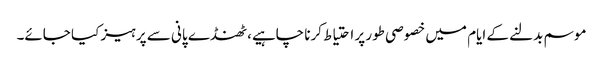
موسم بدلنے کے ایام میں خصوصی طور پر احتیاط کرنا چاہیے، ٹھنڈے پانی سے پرہیز کیا جائے۔